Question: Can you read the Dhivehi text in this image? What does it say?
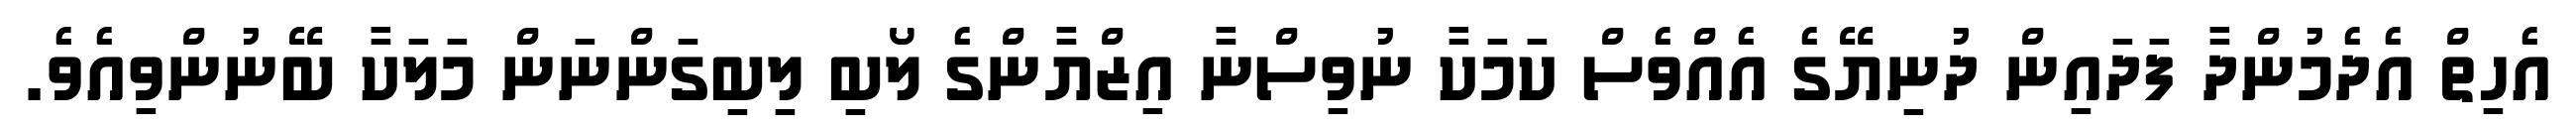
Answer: އެހިތް އެދެމުންދާ ފަދައިން ދުނިޔޭގެ އެއްވެސް ކަމަކާ ނުވިސްނާ އިޒްޔާންގެ ލޯބި ލިބިގަންނަން މަލަކާ ބޭނުންވިއެވެ.